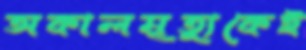
অকালমৃত্যুকেই